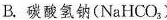
B.碳酸氢钠(NaHCO_{3})